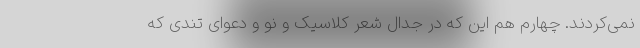
نمی‌کردند. چهارم هم این که در جدال شعر کلاسیک و نو و دعوای تندی که